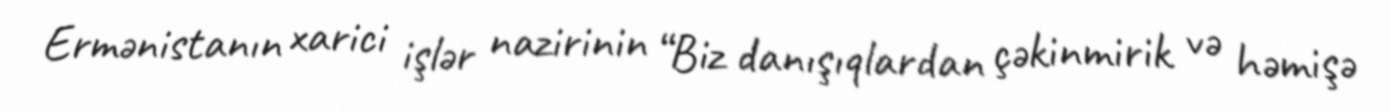
Ermənistanın xarici işlər nazirinin “Biz danışıqlardan çəkinmirik və həmişə